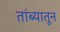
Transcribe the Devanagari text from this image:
तांब्यातून